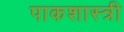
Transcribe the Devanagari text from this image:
पाकशास्त्री